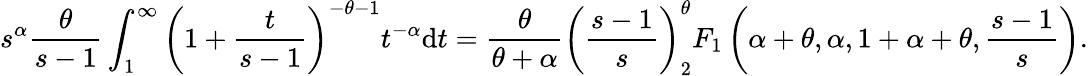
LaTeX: s^{\alpha}\frac{\theta}{s-1}\int_{1}^{\infty}\left(1+\frac{t}{s-1}\right)^{-\theta-1}t^{-\alpha}\mathrm{d}t=\frac{\theta}{\theta+\alpha}\left(\frac{s-1}{s}\right)^{\theta}_{2}F_{1}\left(\alpha+\theta,\alpha,1+\alpha+\theta,\frac{s-1}{s}\right).